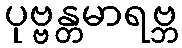
ပုဗ္ဗန္တမာရဗ္ဘ